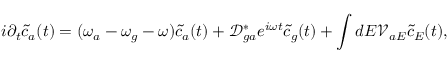
i \partial _ { t } \tilde { c } _ { a } ( t ) = ( \omega _ { a } - \omega _ { g } - \omega ) \tilde { c } _ { a } ( t ) + \mathcal { D } _ { g a } ^ { * } e ^ { i \omega t } \tilde { c } _ { g } ( t ) + \int d E \mathcal { V } _ { a E } \tilde { c } _ { E } ( t ) ,